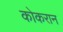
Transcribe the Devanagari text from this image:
कोकरान